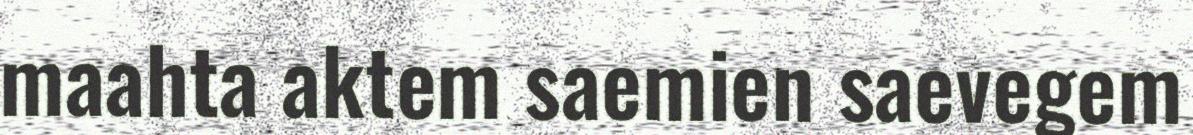
maahta aktem saemien saevegem